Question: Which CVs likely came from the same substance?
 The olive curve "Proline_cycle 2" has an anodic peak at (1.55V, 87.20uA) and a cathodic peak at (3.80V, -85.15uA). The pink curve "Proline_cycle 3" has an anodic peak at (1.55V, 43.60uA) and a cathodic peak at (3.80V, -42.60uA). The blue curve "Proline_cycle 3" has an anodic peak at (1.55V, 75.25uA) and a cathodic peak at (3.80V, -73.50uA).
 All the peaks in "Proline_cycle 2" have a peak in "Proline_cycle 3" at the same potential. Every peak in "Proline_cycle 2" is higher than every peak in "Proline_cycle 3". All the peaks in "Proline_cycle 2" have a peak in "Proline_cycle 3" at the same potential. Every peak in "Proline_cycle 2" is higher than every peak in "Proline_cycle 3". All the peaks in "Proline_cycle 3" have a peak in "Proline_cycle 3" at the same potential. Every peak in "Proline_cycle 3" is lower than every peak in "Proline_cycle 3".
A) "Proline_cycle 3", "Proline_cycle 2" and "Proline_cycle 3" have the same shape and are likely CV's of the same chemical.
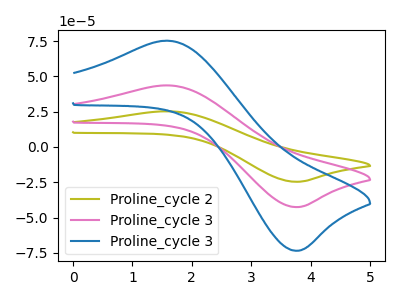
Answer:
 <answer>A) "Proline_cycle 3", "Proline_cycle 2" and "Proline_cycle 3" have the same shape and are likely CV's of the same chemical.</answer>
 <eval>A</eval>